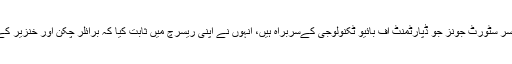
2011 میں یونیورسٹی آف مشیگن کے پروفیسر سٹورٹ جونز جو ڈپارٹمنٹ آف بائیو ٹکنولوجی کےسربراہ ہیں، انہوں نے اپنی ریسرچ میں ثابت کیا کہ برائلر چکن اور خنزیر کے گوشت میں بنیادی طور پر کوئی فرق نہیں۔